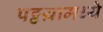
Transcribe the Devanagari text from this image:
पट्टय़ामध्ये